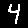
Digit: 4